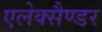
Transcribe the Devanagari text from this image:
एलेक्सैण्डर